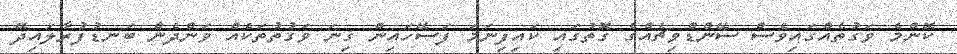
ކޮންމެ ވަގުތެއްގައިވެސް ސޭންޑްވިޗެއްގެ ގޮތުގައި ކައިފިނަމަ ފަސޭހައިން ގިނަ ވަގުތުތަކެއް ވަންދެން ބަނޑުފުރާލައިދޭ